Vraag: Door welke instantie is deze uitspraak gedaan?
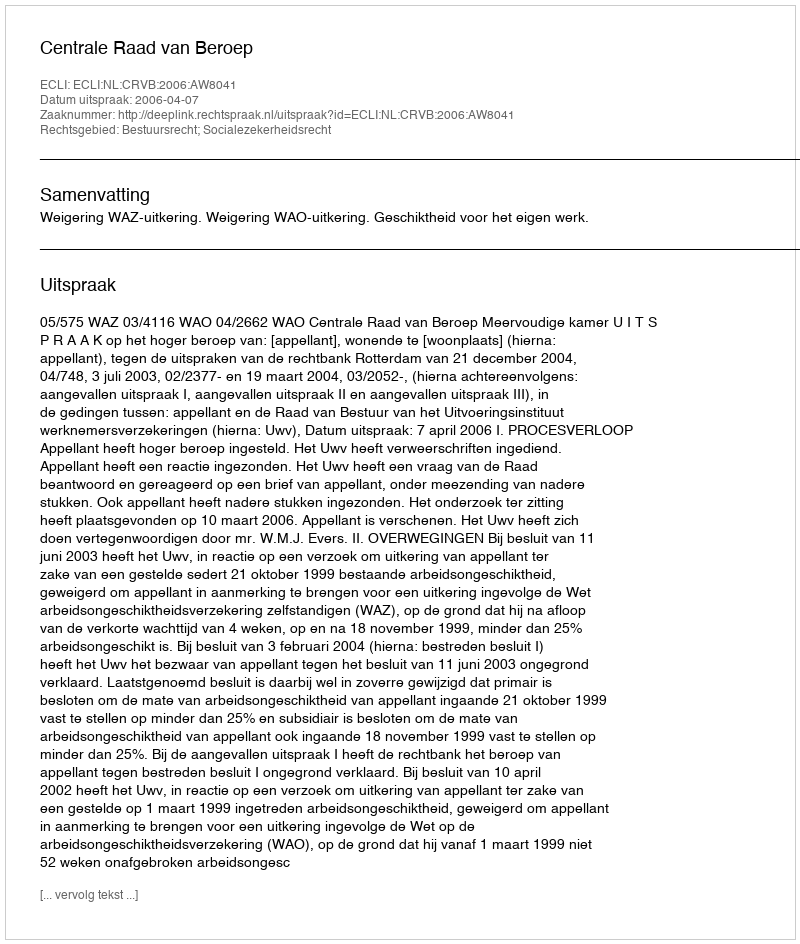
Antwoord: Centrale Raad van Beroep